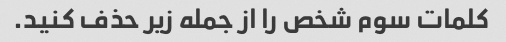
کلمات سوم شخص را از جمله زیر حذف کنید.